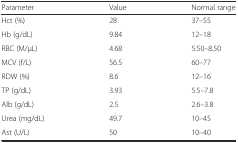
| Parameter | Value | Normal range |
 | --- | --- | --- |
 | Hct (%) | 28 | 37–55 |
 | Hb (g/dL) | 9.84 | 12–18 |
 | RBC (M/μL) | 4.68 | 5.50–8.50 |
 | MCV (f/L) | 56.5 | 60–77 |
 | RDW (%) | 8.6 | 12–16 |
 | TP (g/dL) | 3.93 | 5.5–7.8 |
 | Alb (g/dL) | 2.5 | 2.6–3.8 |
 | Urea (mg/dL) | 49.7 | 10–45 |
 | Ast (U/L) | 50 | 10–40 |